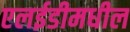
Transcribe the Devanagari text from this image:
एलईडीमधील